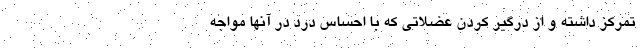
تمرکز داشته و از درگیر کردن عضلاتی که با احساس درد در آنها مواجه